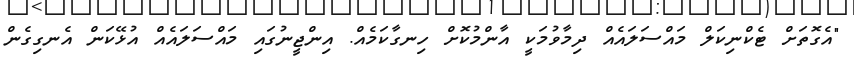
"އެގޮތަށް ޓެކްނިކަލް މައްސަލައެއް ދިމާވުމަކީ އާންމުކޮށް ހިނގާކަމެއް. އިންޖީނުގައި މައްސަލައެއް އުޅޭކަން އެނގިގެން